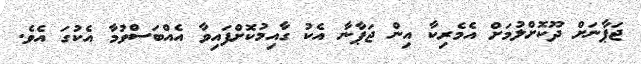
ޖަޕާނަށް ދޫކޮށްލުމަށް އެމެރިކާ އިން ޖަޕާނާ އެކު ގާއިމުކޮށްފައިވާ އެއްބަސްވުމާ އެކުގަ އެވެ.